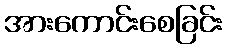
အားကောင်းစေခြင်း